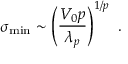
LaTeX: \sigma _ { \mathrm { m i n } } \sim \left( \frac { V _ { 0 } p } { \lambda _ { p } } \right) ^ { 1 / p } \ .